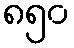
၈၅၀